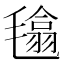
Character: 𣯾